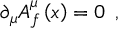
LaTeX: \partial _ { \mu } A _ { f } ^ { \mu } \left( x \right) = 0 \; \, ,